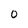
Character: O